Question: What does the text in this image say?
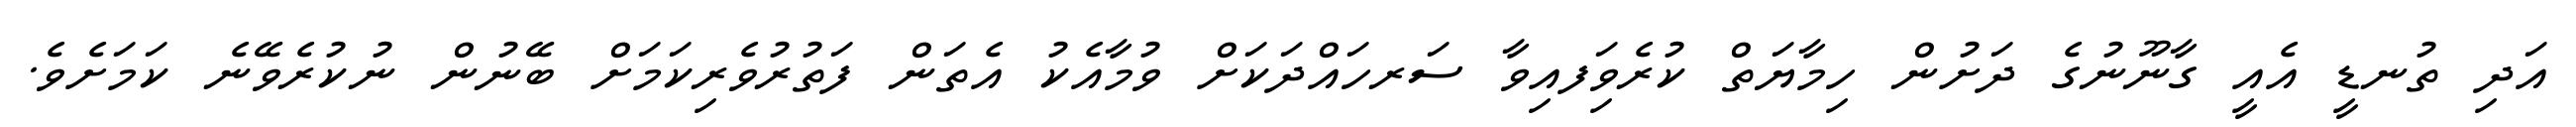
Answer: އަދި ތުނޑީ އެއީ ގާނޫނުގެ ދަށުން ހިމާޔަތް ކުރެވިަފއިވާ ސަރހައްދަކަށް ވުމާއެކު އެތަން ފަތުރުވެރިކަމަށް ބޭނުން ނުކުރެވޭނެ ކަމަށެވެ.